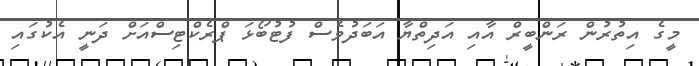
މީގެ އިތުރުން ރަންބީރް އާއި އަދިތްޔާ އަބަދުވެސް ފުޓުބޯޅަ ޕްރެކްޓިސްއަށް ދަނީ އެކުގައި